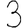
Digit: 3